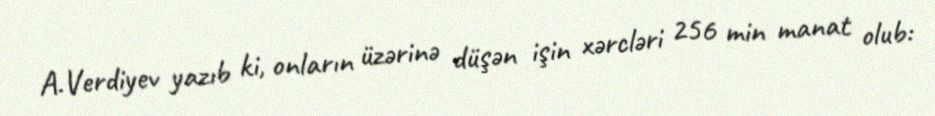
A.Verdiyev yazıb ki, onların üzərinə düşən işin xərcləri 256 min manat olub: